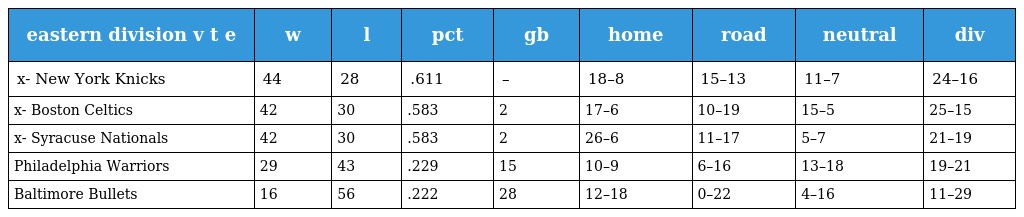
| eastern division v t e | w | l | pct | gb | home | road | neutral | div |
 | --- | --- | --- | --- | --- | --- | --- | --- | --- |
 | x- New York Knicks | 44 | 28 | .611 | – | 18–8 | 15–13 | 11–7 | 24–16 |
 | x- Boston Celtics | 42 | 30 | .583 | 2 | 17–6 | 10–19 | 15–5 | 25–15 |
 | x- Syracuse Nationals | 42 | 30 | .583 | 2 | 26–6 | 11–17 | 5–7 | 21–19 |
 | Philadelphia Warriors | 29 | 43 | .229 | 15 | 10–9 | 6–16 | 13–18 | 19–21 |
 | Baltimore Bullets | 16 | 56 | .222 | 28 | 12–18 | 0–22 | 4–16 | 11–29 |